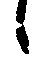
候